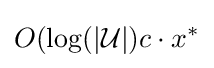
O(\log(|{\mathcal {U}}|)c\cdot x^{*}